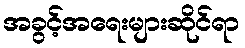
အခွင့်အရေးများဆိုင်ရာ